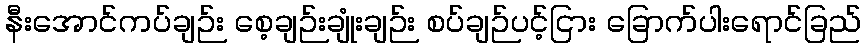
နီးအောင်ကပ်ချဉ်း စေ့ချဉ်းချုံးချဉ်း စပ်ချဉ်ပင့်ငြား ခြောက်ပါးရောင်ခြည်